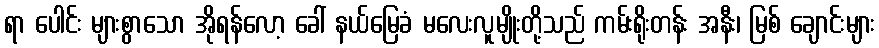
ရာ ပေါင်း များစွာသော အိုရန်လော့ ခေါ် နယ်မြေခံ မလေးလူမျိုးတို့သည် ကမ်းရိုးတန်း အနီး၊ မြစ် ချောင်းများ